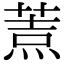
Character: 𦷓